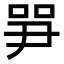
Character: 㖐